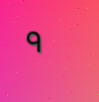
٩